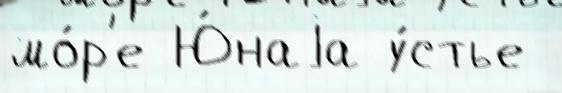
мо́р'е Ю́наjа у́стье